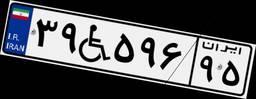
۳۹W۵۹۶۹۵